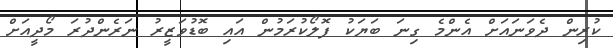
ކުރިން ދެވަނައަށް އެންމެ ގިނަ ބަޔަކު ފޮލޯކުރަމުން އައި ބޮޑުވަޒީރު ނަރެންދުރަ މޯދީއަށް